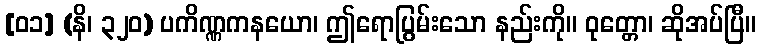
[၀၁] (နိ၊ ၃၂၀) ပကိဏ္ဏကနယော၊ ဤရောပြွမ်းသော နည်းကို။ ဝုတ္တော၊ ဆိုအပ်ပြီ။